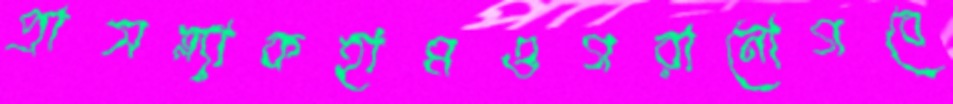
প্রাসব্ল্যাকহামওগরানোগবে